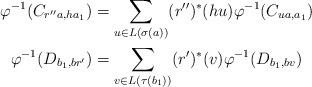
LaTeX: \begin{align*}\displaystyle \varphi^{-1}(C_{r''a,ha_{1}})&=\displaystyle \sum_{u \in L(\sigma(a))} (r'')^{\ast}(hu)\varphi^{-1}(C_{ua,a_{1}})\\\varphi^{-1}(D_{b_{1},br'})&=\displaystyle \sum_{v \in L(\tau(b_{1}))}(r')^{\ast}(v)\varphi^{-1}(D_{b_{1},bv})\end{align*}